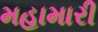
મહામારી